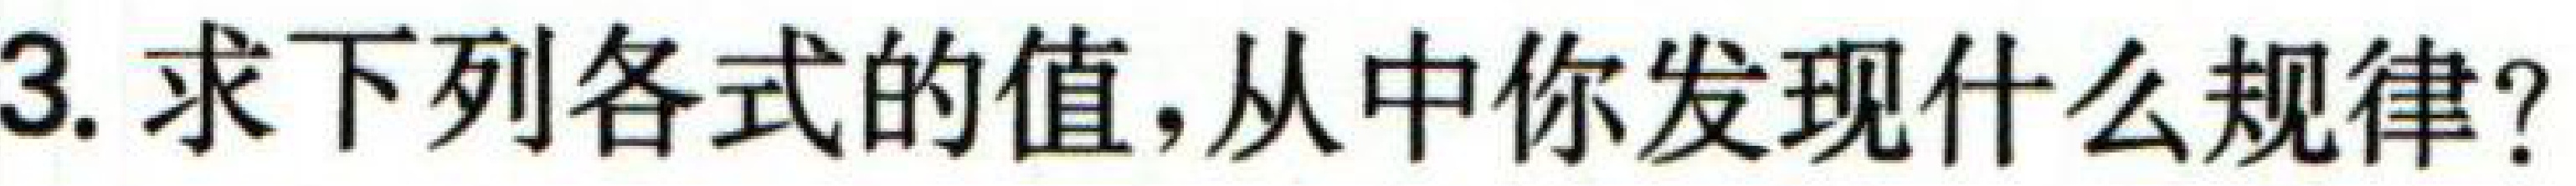
3. 求下列各式的值，从中你发现什么规律？